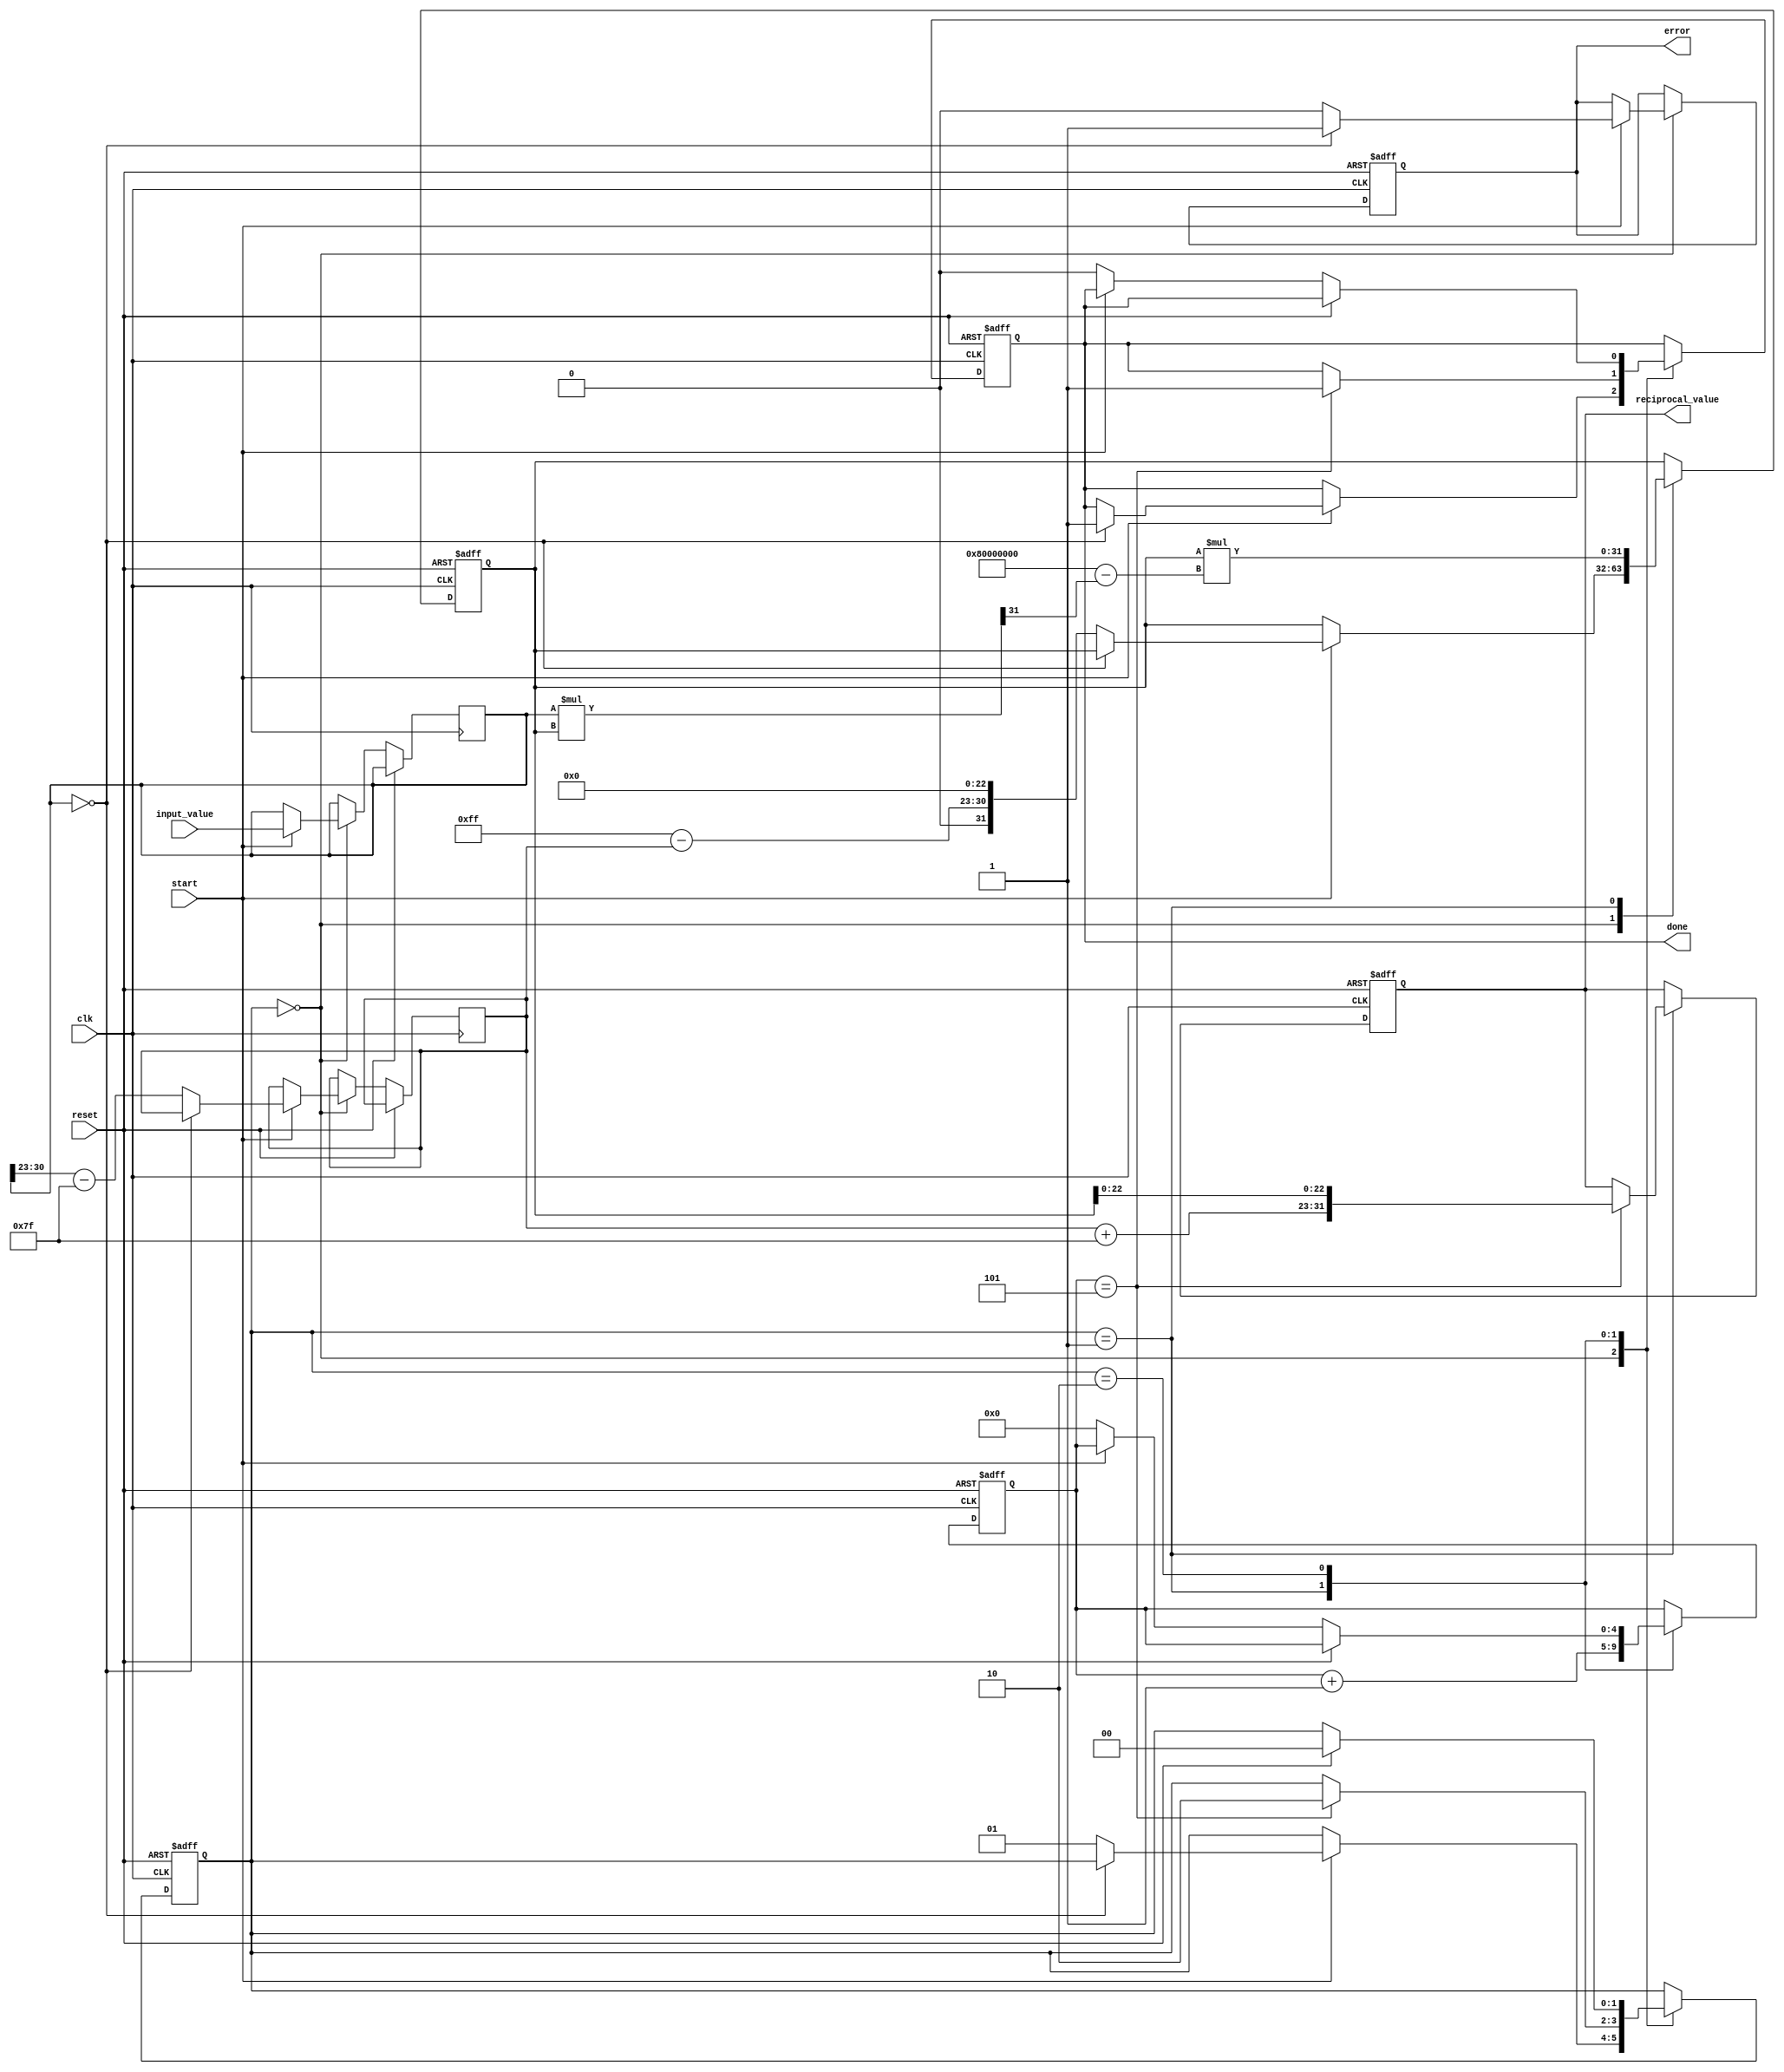
module floating_point_reciprocal (
    input wire clk,
    input wire reset,
    input wire start,
    input wire [31:0] input_value, // IEEE 754 single precision
    output reg [31:0] reciprocal_value, // IEEE 754 single precision
    output reg done,
    output reg error
);

    // Internal signals
    reg [1:0] state;
    reg [31:0] x; // Input value
    reg [31:0] r; // Current approximation of reciprocal
    reg [7:0] exponent;
    reg [23:0] mantissa;
    reg [4:0] iteration_count;

    // States
    localparam IDLE = 2'b00;
    localparam COMPUTE = 2'b01;
    localparam DONE = 2'b10;

    // Initialization
    always @(posedge clk or posedge reset) begin
        if (reset) begin
            state <= IDLE;
            reciprocal_value <= 32'b0;
            done <= 1'b0;
            error <= 1'b0;
            iteration_count <= 5'b0;
            r <= 32'b0;
        end else begin
            case (state)
                IDLE: begin
                    if (start) begin
                        x <= input_value;
                        // Check for zero input
                        if (x == 32'b0) begin
                            error <= 1'b1;
                            done <= 1'b1;
                        end else begin
                            error <= 1'b0;
                            // Extract exponent and mantissa
                            exponent <= x[30:23] - 127; // Adjust bias for single precision
                            mantissa <= {1'b1, x[22:0]}; // Normalize mantissa
                            // Initial approximation using bit manipulation
                            r <= {1'b0, 8'b11111111 - exponent, 23'b0}; // Initial guess
                            state <= COMPUTE;
                        end
                    end
                end

                COMPUTE: begin
                    // Newton-Raphson iteration
                    r <= r * (32'h80000000 - (x * r >> 31)); // r = r * (2 - x * r)
                    iteration_count <= iteration_count + 1;

                    // Check for convergence (fixed number of iterations for simplicity)
                    if (iteration_count == 5'd5) begin
                        // Adjust exponent and mantissa for output
                        reciprocal_value <= {1'b0, (exponent + 127), r[22:0]}; // Pack result
                        done <= 1'b1;
                        state <= DONE;
                    end
                end

                DONE: begin
                    // Wait for reset or new start signal
                    if (reset) begin
                        state <= IDLE;
                    end else if (!start) begin
                        done <= 1'b0;
                        iteration_count <= 5'b0;
                    end
                end
            endcase
        end
    end

endmodule